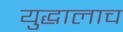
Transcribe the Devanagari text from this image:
युद्धालाच